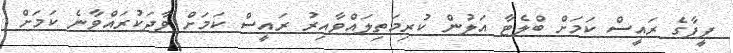
ފީފާގެ ރައީސް ކަމަށް ބްލެޓާ އަލުން ކުރިމަތިލައްވާއިރު ރައީސް ކަމަށް ވާދަކުރައްވާނެ ކަމަށް